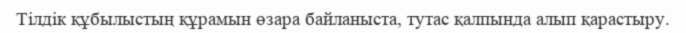
Тілдік құбылыстың құрамын өзара байланыста, тутас қалпында алып қарастыру.